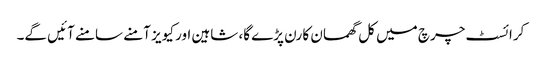
کرائسٹ چرچ میں کل گھمسان کا رن پڑے گا، شاہین اور کیویز آمنے سامنے آئیں گے۔